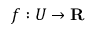
f : U \to \mathbf { R }